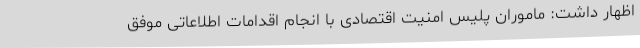
اظهار داشت: ماموران پلیس امنیت اقتصادی با انجام اقدامات اطلاعاتی موفق